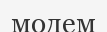
модем